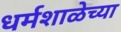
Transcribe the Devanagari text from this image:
धर्मशाळेच्या